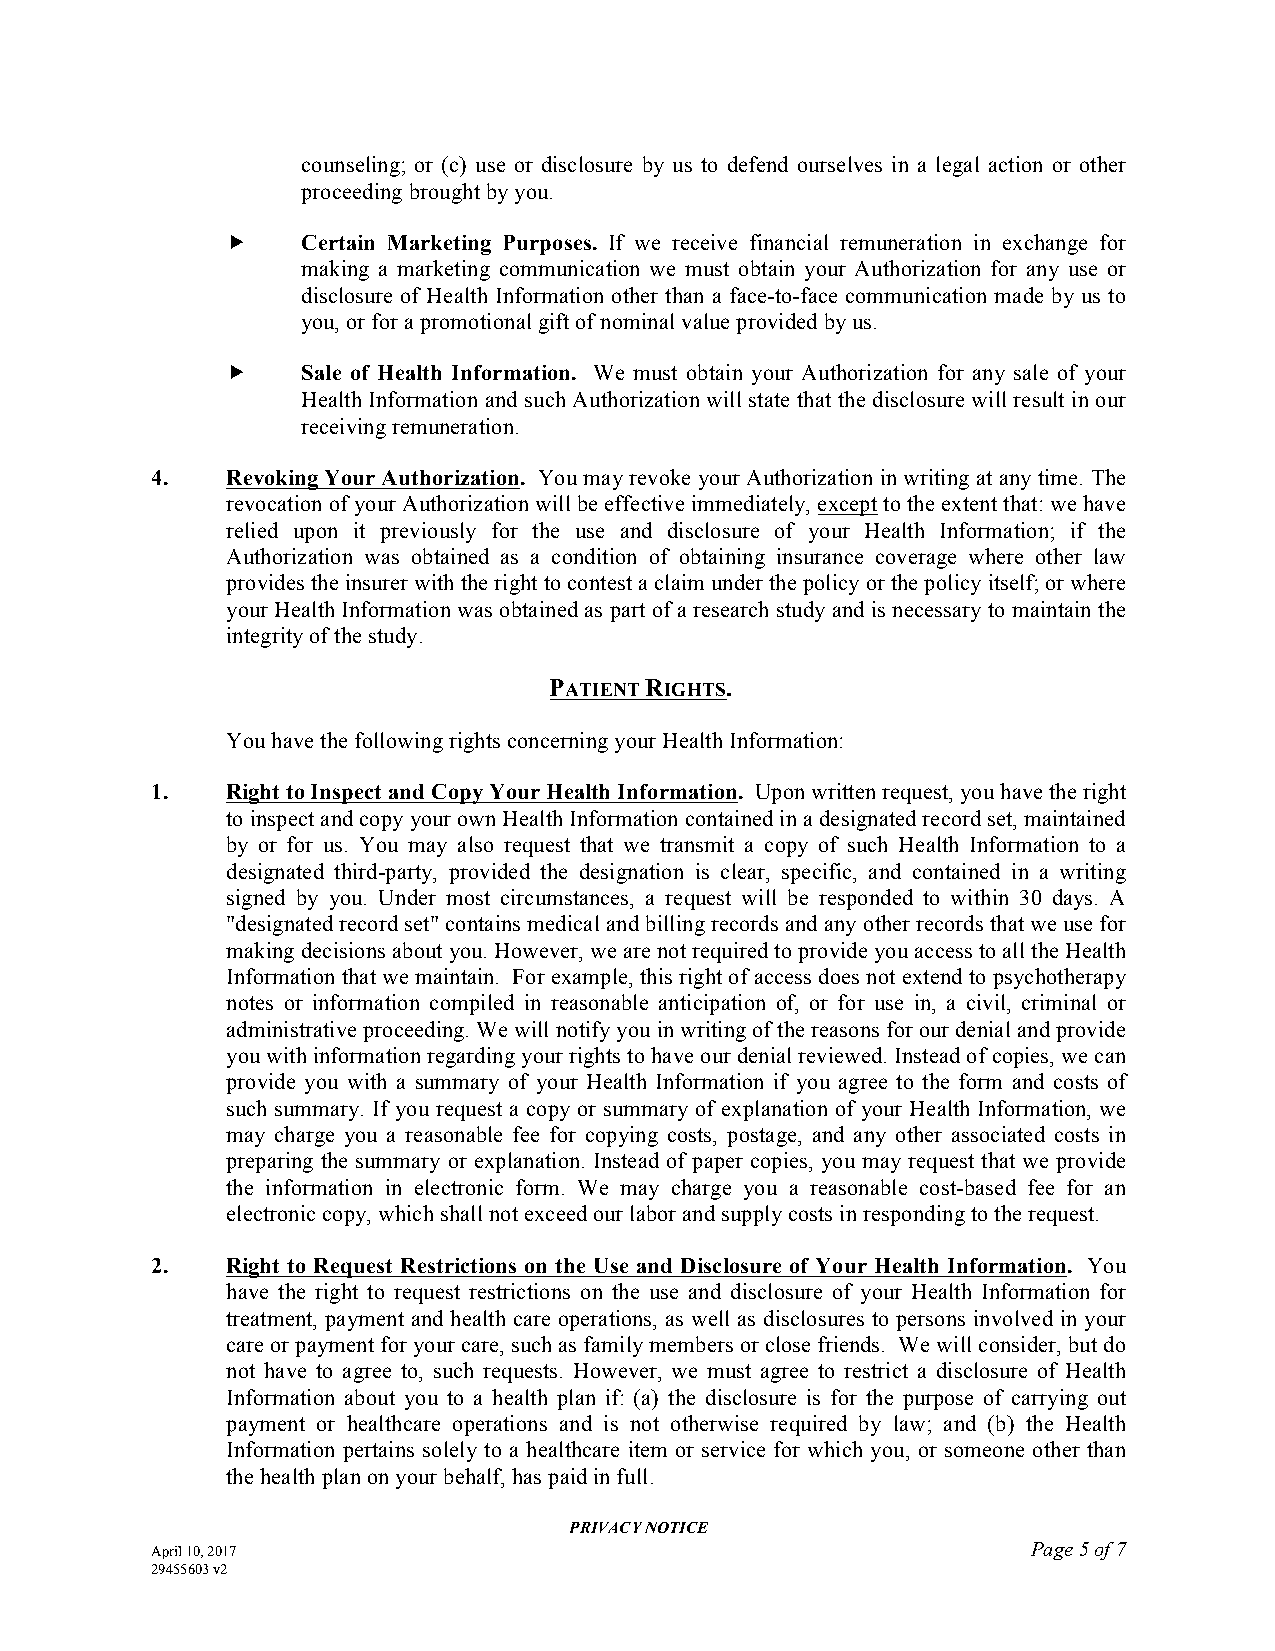
counseling; or (c) use or disclosure by us to defend ourselves in a legal action or other
 proceeding brought by you.
     Certain Marketing Purposes. If we receive financial remuneration in exchange for
 making a marketing communication we must obtain your Authorization for any use or
 disclosure of Health Information other than a face-to-face communication made by us to
 you, or for a promotional gift of nominal value provided by us.
     Sale of Health Information. We must obtain your Authorization for any sale of your
 Health Information and such Authorization will state that the disclosure will result in our
 receiving remuneration.
 4.   Revoking Your Authorization. You may revoke your Authorization in writing at any time. The
 revocation of your Authorization will be effective immediately, except to the extent that: we have
 relied upon it previously for the use and disclosure of your Health Information; if the
 Authorization was obtained as a condition of obtaining insurance coverage where other law
 provides the insurer with the right to contest a claim under the policy or the policy itself; or where
 your Health Information was obtained as part of a research study and is necessary to maintain the
 integrity of the study.
 PATIENT RIGHTS.
 You have the following rights concerning your Health Information:
 1.   Right to Inspect and Copy Your Health Information. Upon written request, you have the right
 to inspect and copy your own Health Information contained in a designated record set, maintained
 by or for us. You may also request that we transmit a copy of such Health Information to a
 designated third-party, provided the designation is clear, specific, and contained in a writing
 signed by you. Under most circumstances, a request will be responded to within 30 days. A
 "designated record set" contains medical and billing records and any other records that we use for
 making decisions about you. However, we are not required to provide you access to all the Health
 Information that we maintain. For example, this right of access does not extend to psychotherapy
 notes or information compiled in reasonable anticipation of, or for use in, a civil, criminal or
 administrative proceeding. We will notify you in writing of the reasons for our denial and provide
 you with information regarding your rights to have our denial reviewed. Instead of copies, we can
 provide you with a summary of your Health Information if you agree to the form and costs of
 such summary. If you request a copy or summary of explanation of your Health Information, we
 may charge you a reasonable fee for copying costs, postage, and any other associated costs in
 preparing the summary or explanation. Instead of paper copies, you may request that we provide
 the information in electronic form. We may charge you a reasonable cost-based fee for an
 electronic copy, which shall not exceed our labor and supply costs in responding to the request.
 2.   Right to Request Restrictions on the Use and Disclosure of Your Health Information. You
 have the right to request restrictions on the use and disclosure of your Health Information for
 treatment, payment and health care operations, as well as disclosures to persons involved in your
 care or payment for your care, such as family members or close friends. We will consider, but do
 not have to agree to, such requests. However, we must agree to restrict a disclosure of Health
 Information about you to a health plan if: (a) the disclosure is for the purpose of carrying out
 payment or healthcare operations and is not otherwise required by law; and (b) the Health
 Information pertains solely to a healthcare item or service for which you, or someone other than
 the health plan on your behalf, has paid in full.
 PRIVACY NOTICE
 April 10, 2017                                            Page 5 of 7
 29455603 v2